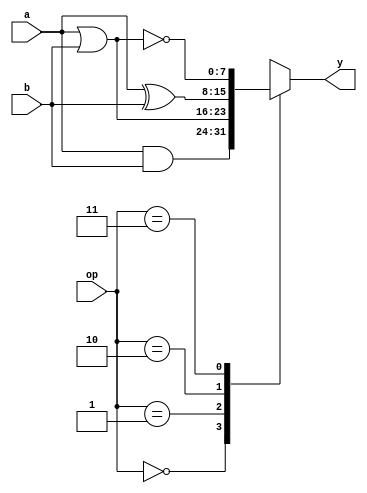
`timescale 1ns/1ns

`define AND 2'b00
`define OR  2'b01
`define XOR 2'b10
`define NOR 2'b11

module lu(y, a, b, op);
	input  [7:0] a, b;
	input  [1:0] op;
	output [7:0] y;
	reg    [7:0] y;
	
	always@(a or b or op) begin
		case(op)
			`AND    : y <= a & b;
			`OR     : y <= a | b;
			`XOR    : y <= a ^ b;
			`NOR    : y <= a ~| b;
			default : y <= 8'bxxxxxxxx;
		endcase
	end
	
endmodule